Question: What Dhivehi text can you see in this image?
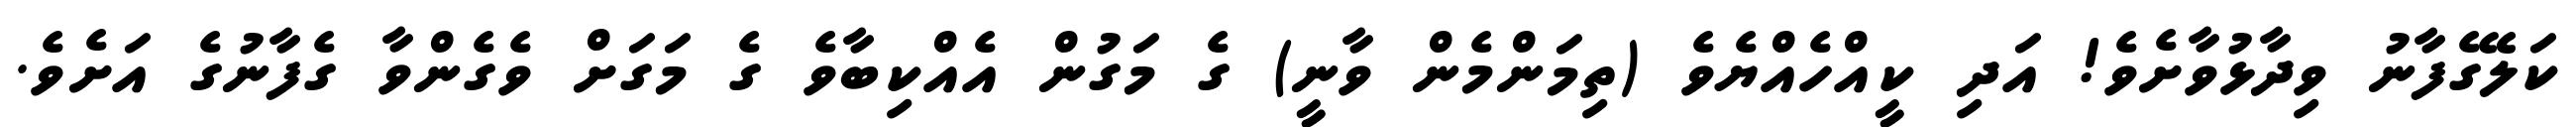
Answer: ކަލޭގެފާނު ވިދާޅުވާށެވެ! އަދި ކީއްހެއްޔެވެ (ތިމަންމެން ވާނީ) ގެ މަގުން އެއްކިބާވެ ގެ މަގަށް ވެގެންވާ ގެފާނުގެ އަށެވެ.